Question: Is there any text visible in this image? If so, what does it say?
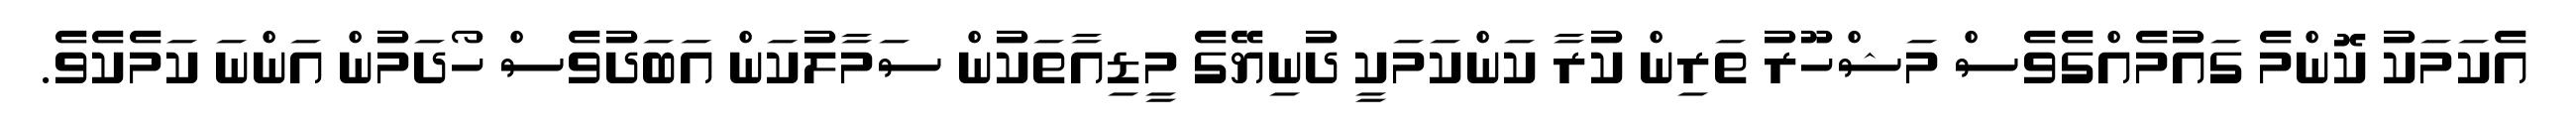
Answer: އެކަމަކު ކޮންމެ ގައުމެއްގެވެސް މަޝްހޫރު ތަރިން ކުރާ ކަންކަމަކީ ދުނިޔޭގެ މީޑިއާތަކުން ސަމާލުކަން އަބަދުވެސް ހޯދަމުން އަންނަ ކަމެކެވެ.